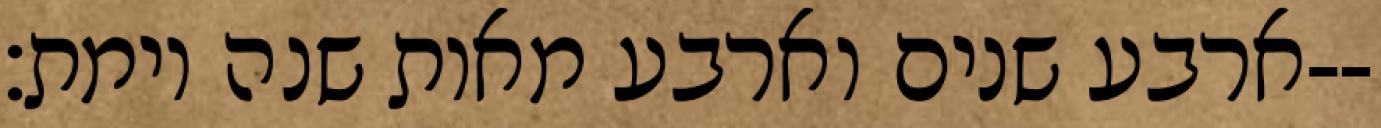
ארבע שנים וארבע מאות שנה וימת׃--